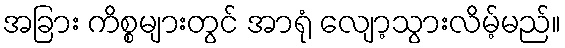
အခြား ကိစ္စများတွင် အာရုံ လျော့သွားလိမ့်မည်။